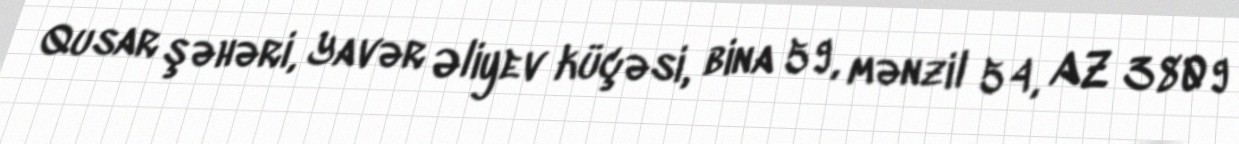
Qusar şəhəri, Yavər Əliyev küçəsi, bina 59, mənzil 54, AZ 3809